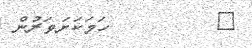
٥         ހަމަކަށަވަރުން